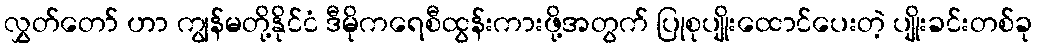
လွှတ်တော် ဟာ ကျွန်မတို့နိုင်ငံ ဒီမိုကရေစီထွန်းကားဖို့အတွက် ပြုစုပျိုးထောင်ပေးတဲ့ ပျိုးခင်းတစ်ခု